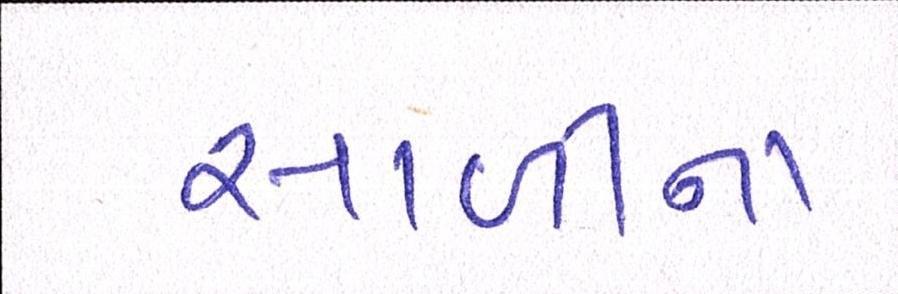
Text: સાળીના